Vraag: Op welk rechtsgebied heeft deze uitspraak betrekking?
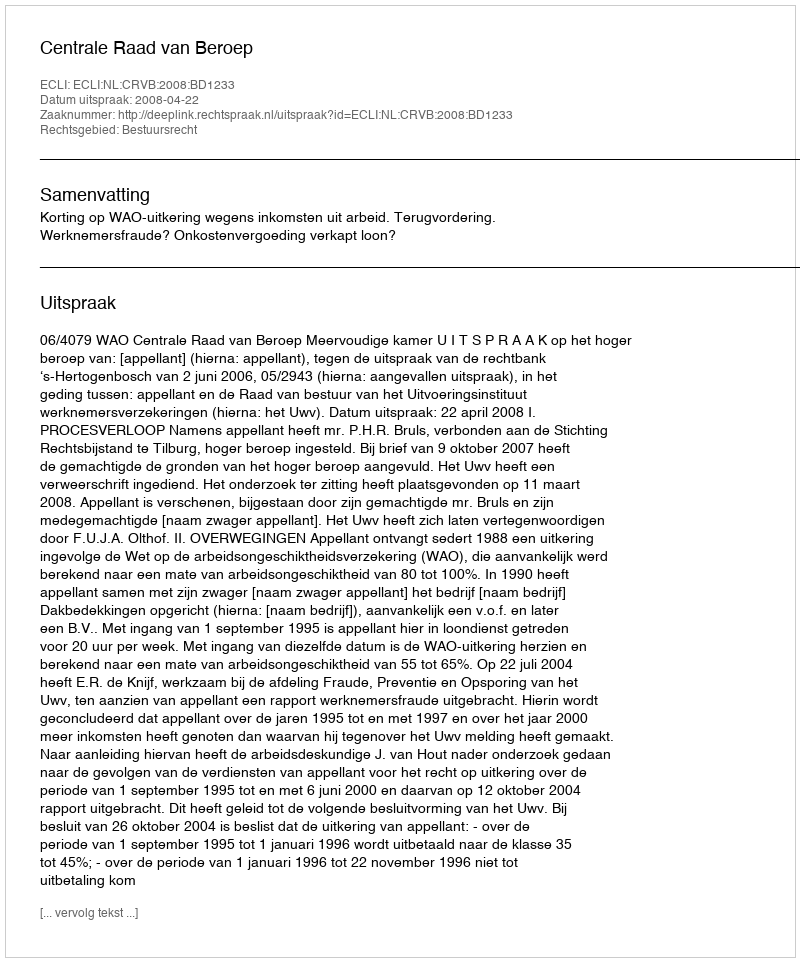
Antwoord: Bestuursrecht